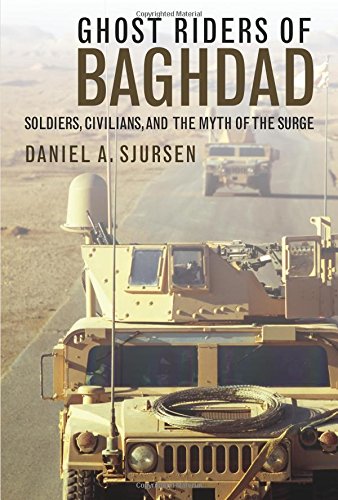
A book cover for Ghost Riders of Baghdad: Soldiers, Civilians, and the Myth of the Surge; Daniel A. Sjursen; Biographies & Memoirs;